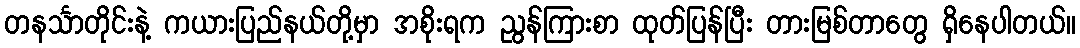
တနင်္သာတိုင်းနဲ့ ကယားပြည်နယ်တို့မှာ အစိုးရက ညွန်ကြားစာ ထုတ်ပြန်ပြီး တားမြစ်တာတွေ ရှိနေပါတယ်။